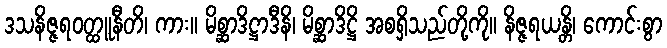
ဒသနိဇ္ဇရဝတ္ထူနီတိ၊ ကား။ မိစ္ဆာဒိဋ္ဌာဒီနိ၊ မိစ္ဆာဒိဋ္ဌိ အစရှိသည်တို့ကို။ နိဇ္ဇရယန္တိ၊ ကောင်းစွာ